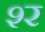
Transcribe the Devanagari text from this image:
श्‍र